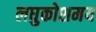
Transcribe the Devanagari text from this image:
लघुकोशमय